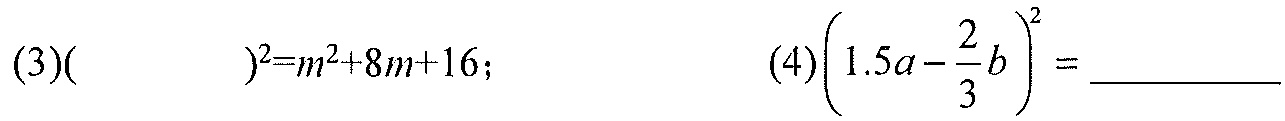
$(3)(\quad)^2 = m^{2}+8m + 16; \quad (4)\left(1.5a-\dfrac{2}{3}b\right)^{2}=\underline{\quad\quad}$